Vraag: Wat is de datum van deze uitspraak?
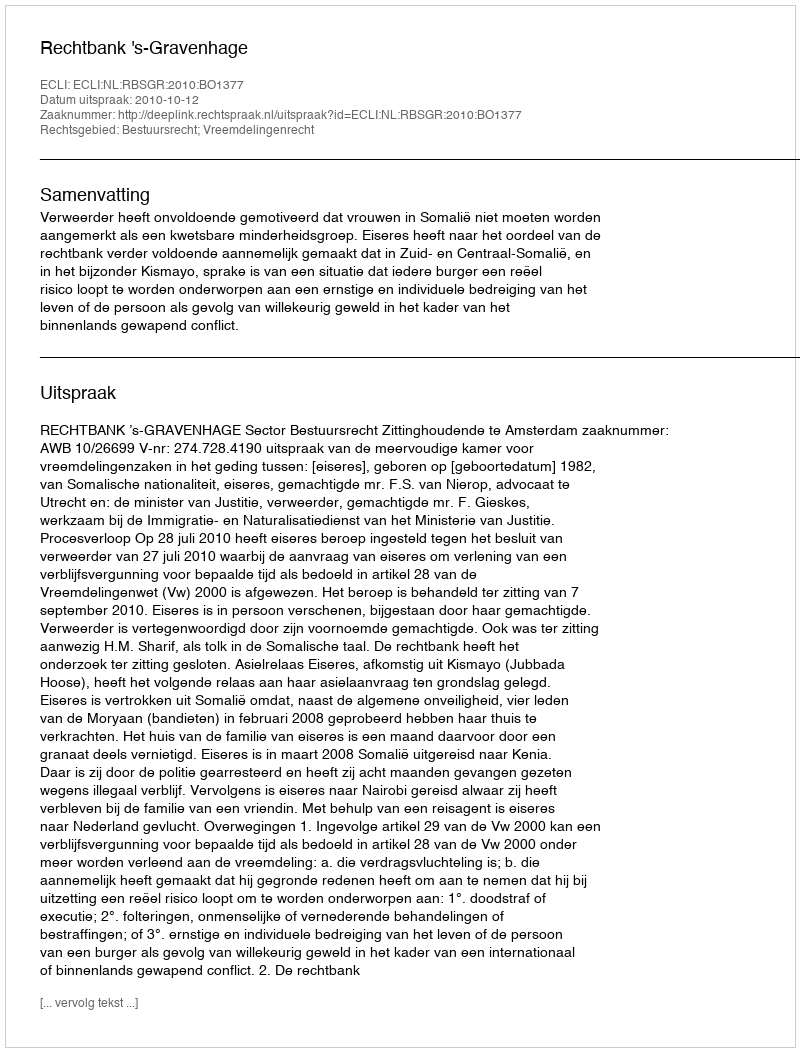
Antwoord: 2010-10-12